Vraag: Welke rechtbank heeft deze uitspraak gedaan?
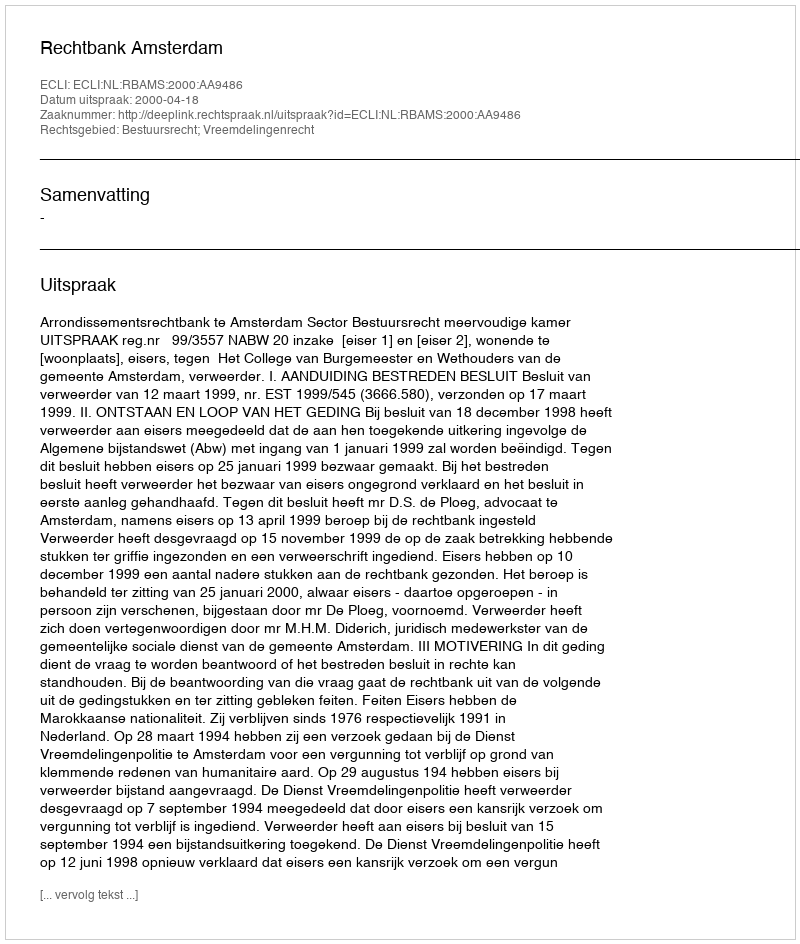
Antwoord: Rechtbank Amsterdam